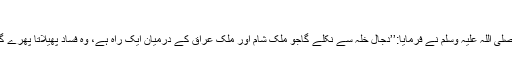
(صحیح مسلم؍2942سنن ابوداود؍4325)
نواس بن سمعان رضی اللہ عنہ سے مروی ہے کہ رسول اکرم صلی اللہ علیہ وسلم نے فرمایا:’’دجال خلہ سے نکلے گاجو ملک شام اور ملک عراق کے درمیان ایک راہ ہے، وہ فساد پھیلاتا پھرے گا دائیں طرف اور بائیں طرف زمین، چنانچہ اے اللہ کے بندوں!